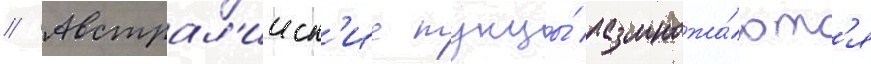
// Австрал'ииск'ие тунцы́ размножа́ютс'я